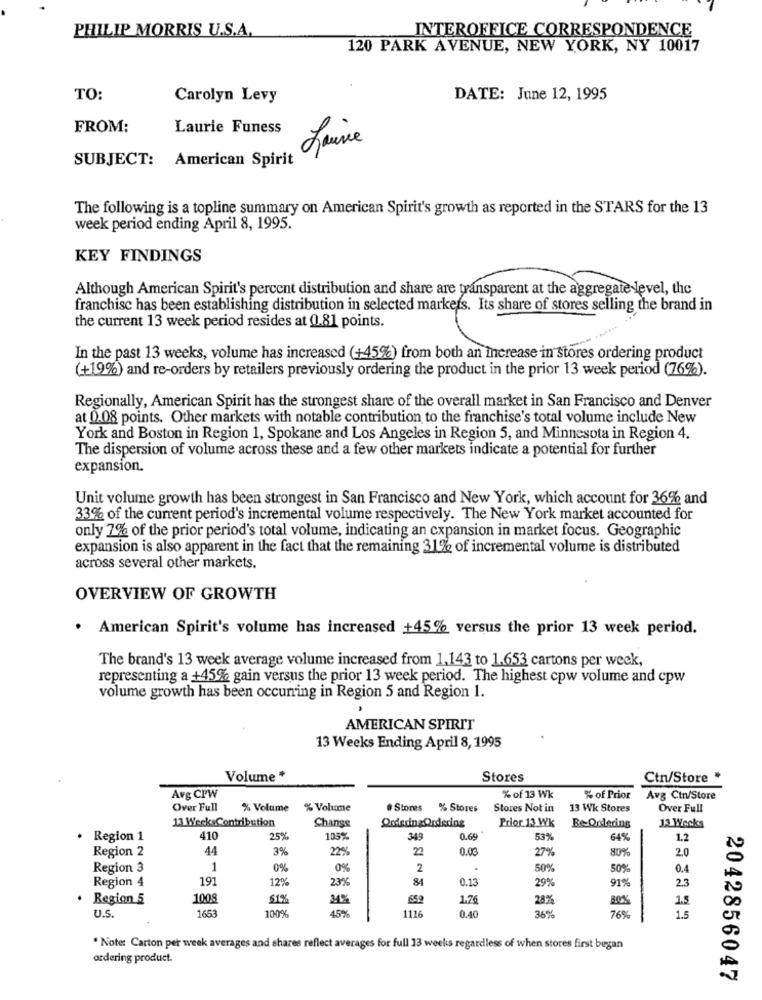
PHILIP MORRIS U.S.A.
INTEROFFICE CORRESPONDENCE
120 PARK AVENUE, NEW YORK, NY 10017
TO:
Carolyn Levy
DATE: June 12, 1995
FROM:
Laurie Funess
Laurie
SUBJECT: American Spirit
The following is a topline summary on American Spirit's growth as reported in the STARS for the 13
week period ending April 8, 1995.
KEY FINDINGS
Although American Spirit's percent distribution and share are transparent at the aggregate level, the
franchise has been establishing distribution in selected markets. Its share of stores selling the brand in
the current 13 week period resides at 0.81 points.
In the past 13 weeks, volume has increased (+45%) from both an increase in stores ordering product
(+19%) and re-orders by retailers previously ordering the product in the prior 13 week period (76%).
Regionally, American Spirit has the strongest share of the overall market in San Francisco and Denver
at 0.08 points. Other markets with notable contribution to the franchise's total volume include New
York and Boston in Region 1, Spokane and Los Angeles in Region 5, and Minnesota in Region 4.
The dispersion of volume across these and a few other markets indicate a potential for further
expansion.
Unit volume growth has been strongest in San Francisco and New York, which account for 36% and
33% of the current period's incremental volume respectively. The New York market accounted for
only 7% of the prior period's total volume, indicating an expansion in market focus. Geographic
expansion is also apparent in the fact that the remaining 31% of incremental volume is distributed
across several other markets.
OVERVIEW OF GROWTH
. American Spirit's volume has increased +45% versus the prior 13 week period.
The brand's 13 week average volume increased from 1.143 to 1.653 cartons per week,
representing a +45% gain versus the prior 13 week period. The highest cpw volume and cpw
volume growth has been occurring in Region 5 and Region 1.
AMERICAN SPIRIT
13 Weeks Ending April 8, 1995
Volume *
Stores
Ctn/Store *
Avg CPW
% of 13 Wk
% of Prior
Avg Ctn/Store
Over Full
% Volume
% Volume
# Stores % Stores
Stores Not in
13 Wk Stores
Over Full
13 Week.Contribution
Change
Prior 13 Wk
ReOrdering
13 Weeks
. Region 1
410
25%
103%
349
0.69
53%
64%
1.2
Region 2
44
3%
22%
0.00
80%
2.0
27%
Region 3
1
0%
0%
2
50%
50%
0.4
Region 4
191
12%
23%
84
0.13
29%
23
91%
. Region 5
1008
$1%
M%
659
1.76
28%
1.5
U.S.
1653
100%
15%
1116
0.40
36%
76%
1.5
. Note: Carton per week averages and shares reflect averages for full 13 weeks regardless of when stores first began
ordering product.
2042856047